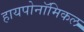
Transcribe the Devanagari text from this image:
हायपोनॉमिकल